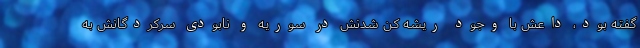
گفته بود، داعش با وجود ریشه کن شدنش در سوریه و نابودی سرکردگانش به